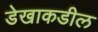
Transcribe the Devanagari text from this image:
डेखाकडील